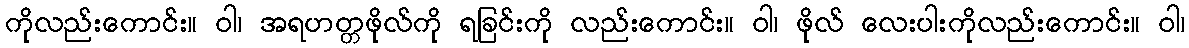
ကိုလည်းကောင်း။ ဝါ၊ အရဟတ္တဖိုလ်ကို ရခြင်းကို လည်းကောင်း။ ဝါ၊ ဖိုလ် လေးပါးကိုလည်းကောင်း။ ဝါ၊